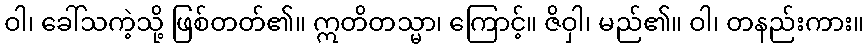
ဝါ၊ ခေါ်သကဲ့သို့ ဖြစ်တတ်၏။ ဣတိတသ္မာ၊ ကြောင့်။ ဇိဝှါ၊ မည်၏။ ဝါ၊ တနည်းကား။